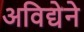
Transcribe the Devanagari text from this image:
अविद्येने